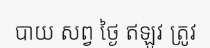
បាយ សព្វ ថ្ងៃ ឥឡូវ ត្រូវ